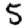
Digit: 5